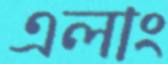
এলাং